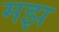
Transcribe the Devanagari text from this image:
मझ